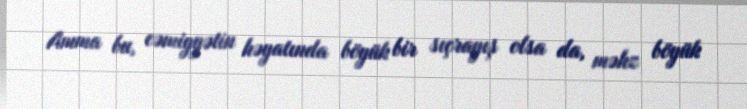
Amma bu, cəmiyyətin həyatında böyük bir sıçrayış olsa da, məhz böyük